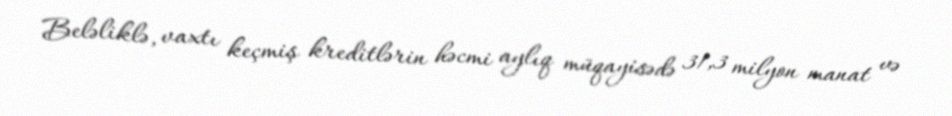
Beləliklə, vaxtı keçmiş kreditlərin həcmi aylıq müqayisədə 31,3 milyon manat və